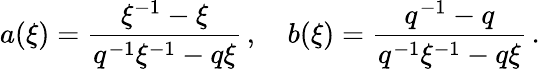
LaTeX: a(\xi)=\frac{\xi^{-1}-\xi}{q^{-1}\xi^{-1}-q\xi}\, ,\quad b(\xi)=\frac{q^{-1}-q}{q^{-1}\xi^{-1}-q\xi}\, .